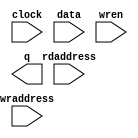
module COMMAND_RAM (
	clock,
	data,
	rdaddress,
	wraddress,
	wren,
	q);
	input	  clock;
	input	[15:0]  data;
	input	[10:0]  rdaddress;
	input	[11:0]  wraddress;
	input	  wren;
	output	[31:0]  q;
`ifndef ALTERA_RESERVED_QIS
// synopsys translate_off
`endif
	tri1	  clock;
	tri0	  wren;
`ifndef ALTERA_RESERVED_QIS
// synopsys translate_on
`endif
endmodule